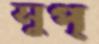
সুপ্